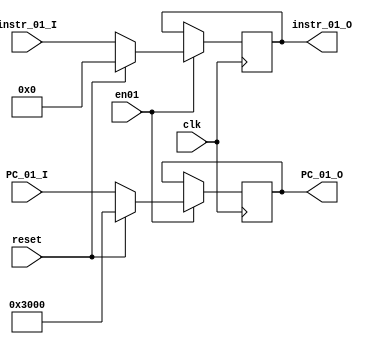
`timescale 1ns / 1ps

module IF_ID(
    input clk,
    input reset,
    input en01,
    input [31:0] instr_01_I,
    output reg [31:0] instr_01_O,
    input [31:0] PC_01_I,
    output reg [31:0] PC_01_O
    );

    initial begin
        instr_01_O<=0;
        PC_01_O<=32'h00003000;
    end
    always @(posedge clk) begin
        if(en01)begin
            if(reset)begin
                instr_01_O<=0;
                PC_01_O<=32'h00003000;
            end
            else begin
                instr_01_O <= instr_01_I;
                PC_01_O <= PC_01_I;
            end
        end
    end


endmodule